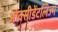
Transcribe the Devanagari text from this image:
ऑक्सीडेंटलिज्म